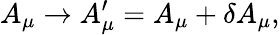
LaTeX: A_{\mu}\rightarrow A_{\mu}^{\prime}=A_{\mu}+\delta A_{\mu},